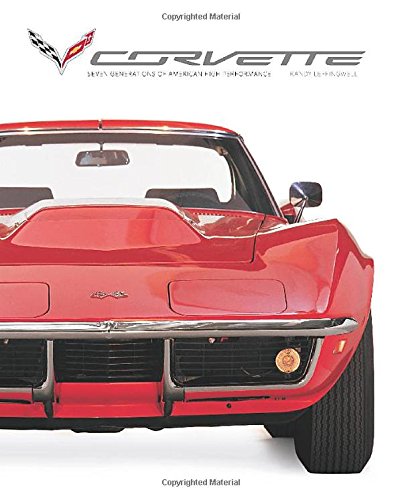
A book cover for Corvette: Seven Generations of American High Performance; Randy Leffingwell; Engineering & Transportation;